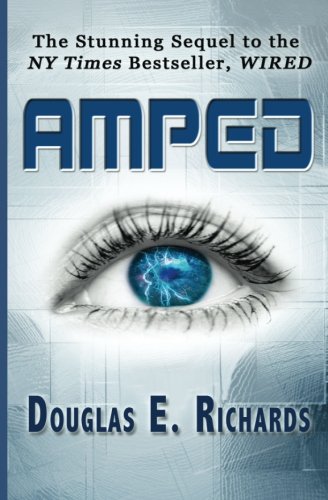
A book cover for Amped; Douglas E. Richards; Mystery, Thriller & Suspense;